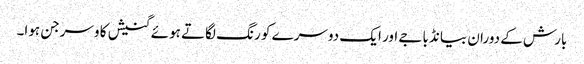
بارش کے دوران بیانڈ باجے اور ایک دوسرے کو رنگ لگاتے ہوئے گنیش کا وسرجن ہوا۔